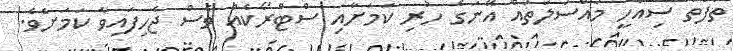
ތަފާތު ސިއްހީ މައްސަލަތައް އޭނަގެ ހުރި ކަމަށާއި ސްޓްރޯކެއް ވެސް ޖެހިފައިވާ ކަމަށެވެ.